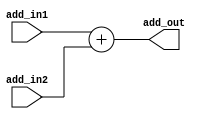
`timescale 1ns / 1ps

module adder(
    input wire [31:0] add_in1,
    input wire [31:0] add_in2,
    output wire [31:0] add_out
    );
    
    assign add_out = add_in1 + add_in2;
    
endmodule